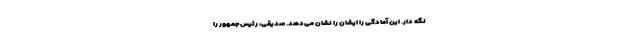
نگه دار. این آمادگی را ایشان را نشان می‌دهد. صدیقی، رئیس‌جمهور را